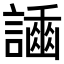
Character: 𧬿